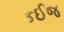
કઈજ